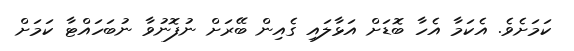
ކަމަށެވެ. އެކަމާ އެހާ ބޮޑަށް އަޅާލައި ގެއިން ބޭރަށް ނުފޮނުވާ ނުބަހައްޓާ ކަމަށް